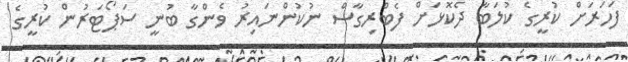
ފަހަރަށް ކުރީގެ ކުލަބާ ދެކޮޅަށް ފެބްރިގާސް ނުކުންނައިރު ވެންގާ ބުނީ ސަޕޯޓަރުން ކުރީގެ